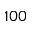
1 0 0